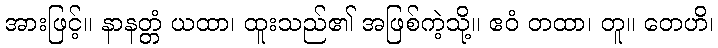
အားဖြင့်။ နာနတ္တံ ယထာ၊ ထူးသည်၏ အဖြစ်ကဲ့သို့။ ဧဝံ တထာ၊ တူ။ တေဟိ၊